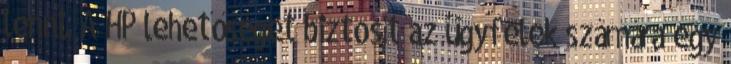
lenni. A HP lehetőséget biztosít az ügyfelek számára egy